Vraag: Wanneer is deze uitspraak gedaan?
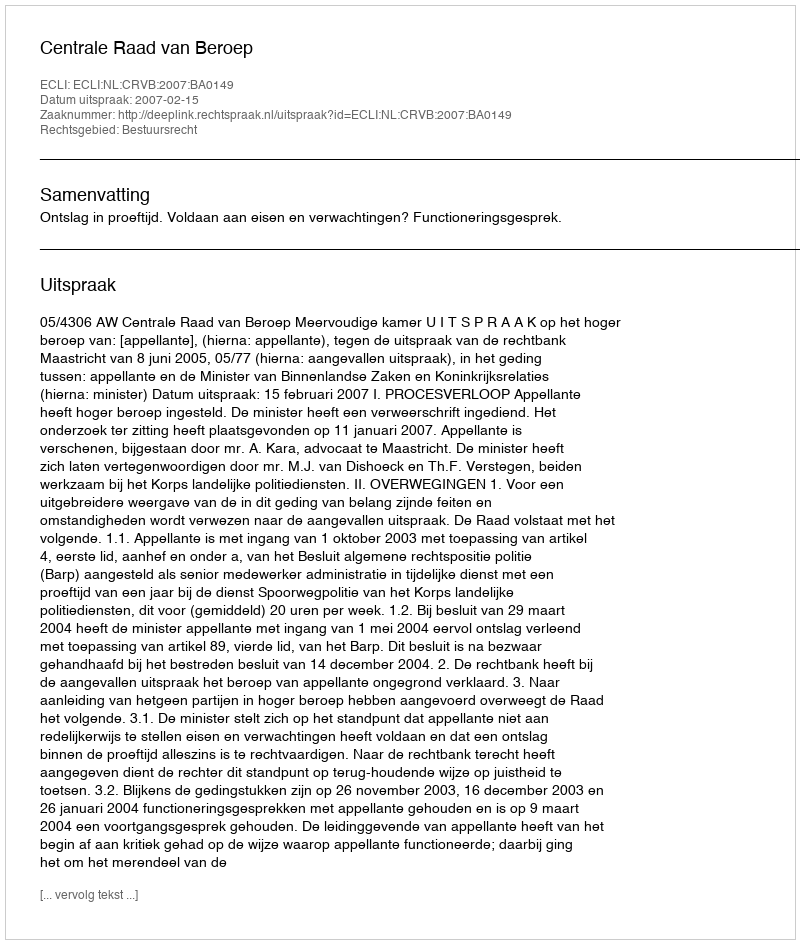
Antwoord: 2007-02-15